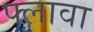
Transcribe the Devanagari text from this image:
फ्लावा